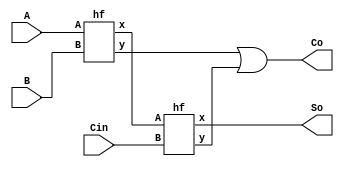
module fd(output So,Co, input A,B,Cin);
  wire x,y,z;
  hf d1(.x(x),.y(y),.A(A), .B(B));
  
  hf d2(.x(So),.y(z),.A(x),.B(Cin));
 
or(Co,y,z);
 
endmodule

module hf(output x,y, input A,B);
  xor(x,A,B);
  and(y,A,B);
endmodule